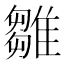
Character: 雛